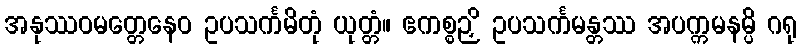
အနုဿဝမတ္တေနေဝ ဥပသင်္ကမိတုံ ယုတ္တံ။ ဧကစ္စဉှိ ဥပသင်္ကမန္တဿ အပက္ကမနမ္ပိ ဂရု